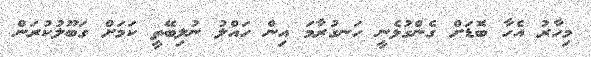
މިހާރު އެހާ ބޮޑަށް ގެންގުޅެނީ ހަނގުރާމަ އިން ހައްލު ނުލިބޭތީ ކަމަށް ގަބޫލުކުރަން